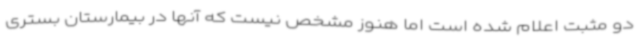
دو مثبت اعلام شده است اما هنوز مشخص نیست که آنها در بیمارستان بستری